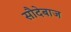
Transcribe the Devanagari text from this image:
सौदेबाज